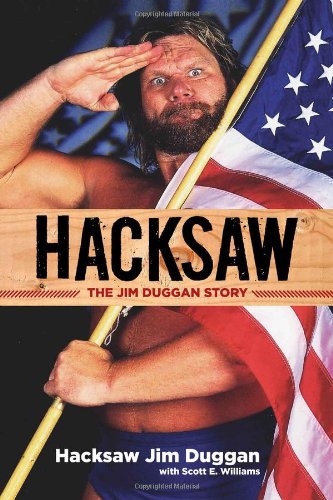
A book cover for Hacksaw: The Jim Duggan Story; Hacksaw Jim Duggan; Sports & Outdoors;